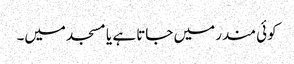
کوئی مندر میں جاتا ہے یا مسجد میں۔